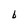
Character: b